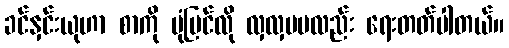
ခင်နှင်းယုဟာ စာကို ပုံပြင်လို လှလှပပလည်း ရေးတတ်ပါတယ်။